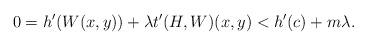
LaTeX: \begin{align*} 0 = h'(W(x,y)) + \lambda t'(H, W)(x,y) < h'(c) + m\lambda. \end{align*}